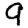
Digit: 9